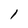
Character: l